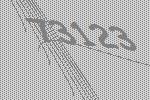
73123